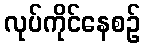
လုပ်ကိုင်နေစဉ်